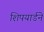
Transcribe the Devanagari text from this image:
शिपयार्डने